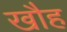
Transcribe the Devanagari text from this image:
खौह